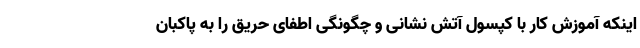
اینکه آموزش کار با کپسول آتش نشانی و چگونگی اطفای حریق را به پاکبان